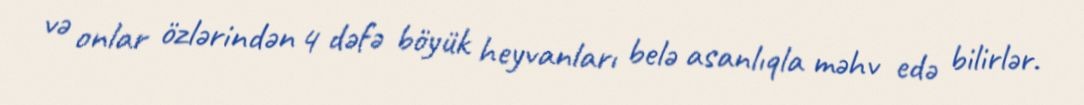
və onlar özlərindən 4 dəfə böyük heyvanları belə asanlıqla məhv edə bilirlər.